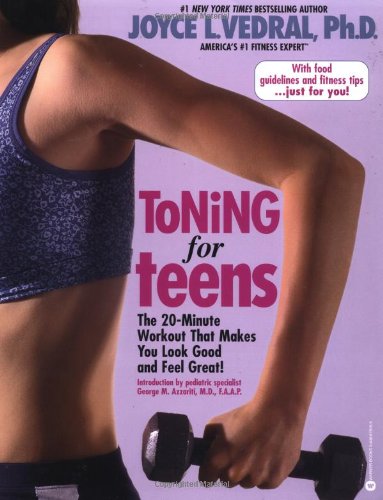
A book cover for Toning for Teens: The 20 Minute Workout That Makes You Look Good and Feel Great; Joyce L. Vedral; Health, Fitness & Dieting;